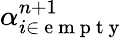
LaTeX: \alpha_{i\in\mathrm{~e~m~p~t~y~}}^{n+1}